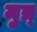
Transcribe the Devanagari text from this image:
मुत्र्